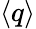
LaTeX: \langle q\rangle